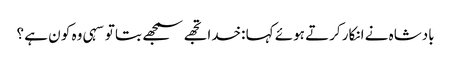
بادشاہ نے انکار کرتے ہوئے کہا :خدا تجھے سمجھے بتا تو سہی وہ کو ن ہے ؟